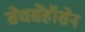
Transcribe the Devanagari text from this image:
सेचसेंहॉसेन